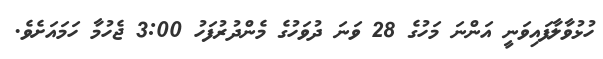
ހުޅުވާލާފައިވަނީ އަންނަ މަހުގެ 28 ވަނަ ދުވަހުގެ މެންދުރުފަހު 3:00 ޖެހުމާ ހަމައަށެވެ.